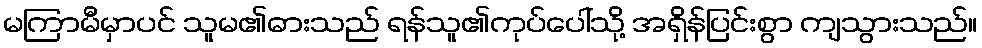
မကြာမီမှာပင် သူမ၏ဓားသည် ရန်သူ၏ကုပ်ပေါ်သို့ အရှိန်ပြင်းစွာ ကျသွားသည်။